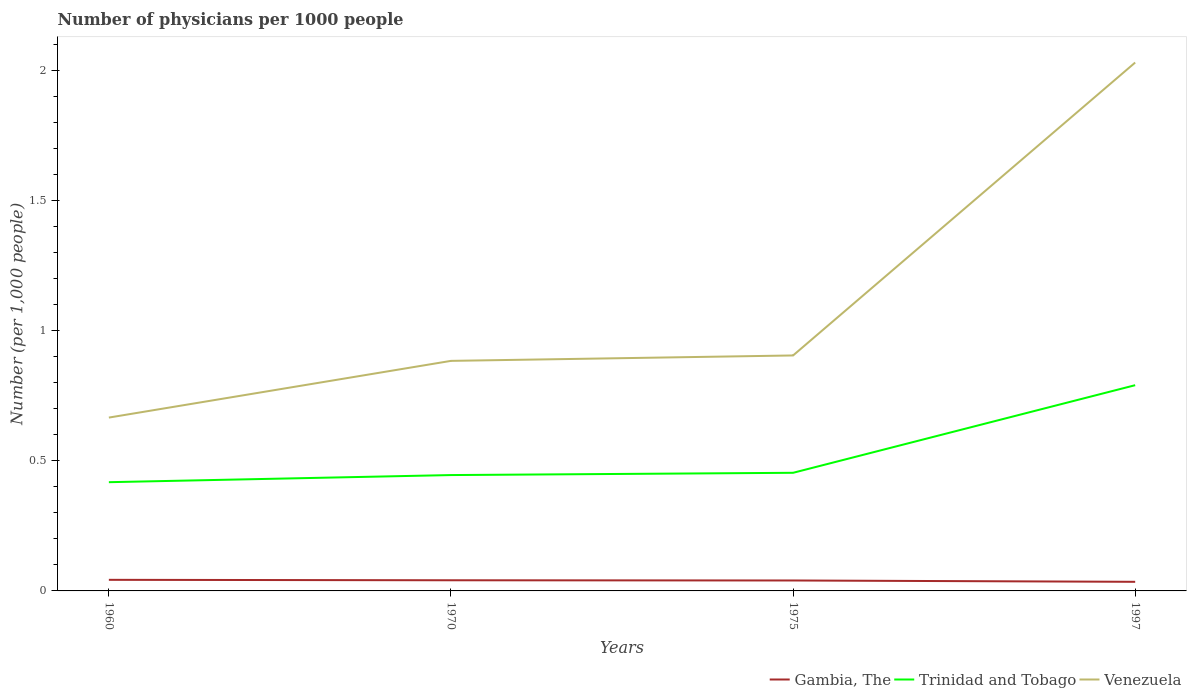
| Years | Gambia, The | Trinidad and Tobago | Venezuela |
 | --- | --- | --- | --- |
 | 1960 | 0.0426 | 0.418 | 0.666 |
 | 1970 | 0.0409 | 0.445 | 0.883 |
 | 1975 | 0.0401 | 0.454 | 0.904 |
 | 1997 | 0.035 | 0.79 | 2.03 |